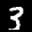
Digit: 3